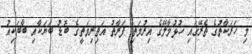
މި ހަރަކާތުގެ ތެރޭގައި ހުޅުމާލޭގެ އިރުމަތި ފަރާތު އަތިރިމަތީގެ ބޮޑު ބަޔަކާއި ބާބަކިއު